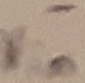
Text: -Vin